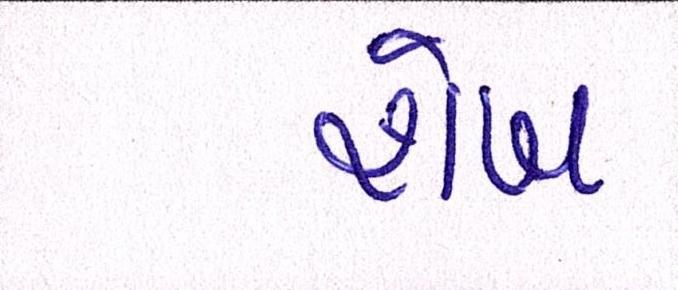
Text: શેખ